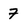
Character: 7